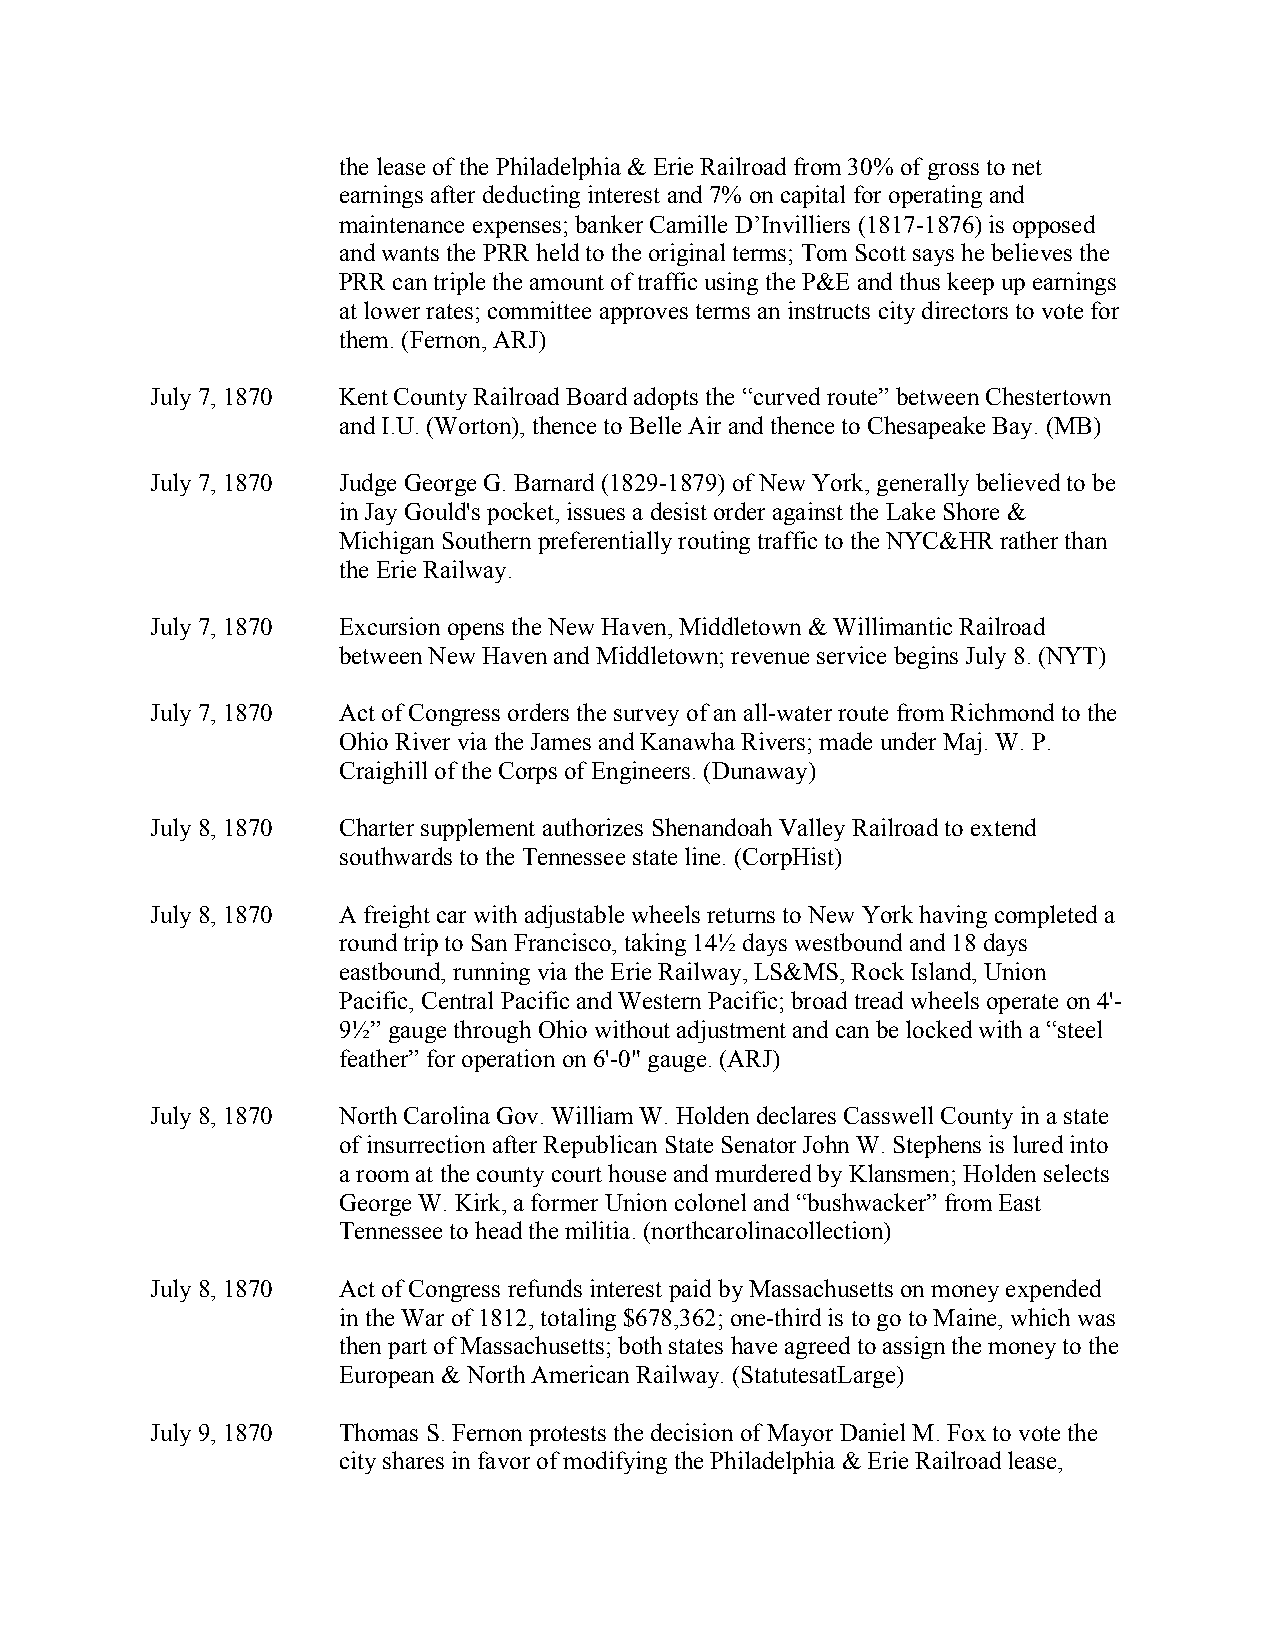
the lease of the Philadelphia & Erie Railroad from 30% of gross to net
 earnings after deducting interest and 7% on capital for operating and
 maintenance expenses; banker Camille D’Invilliers (1817-1876) is opposed
 and wants the PRR held to the original terms; Tom Scott says he believes the
 PRR can triple the amount of traffic using the P&E and thus keep up earnings
 at lower rates; committee approves terms an instructs city directors to vote for
 them. (Fernon, ARJ)
 July 7, 1870 Kent County Railroad Board adopts the “curved route” between Chestertown
 and I.U. (Worton), thence to Belle Air and thence to Chesapeake Bay. (MB)
 July 7, 1870 Judge George G. Barnard (1829-1879) of New York, generally believed to be
 in Jay Gould's pocket, issues a desist order against the Lake Shore &
 Michigan Southern preferentially routing traffic to the NYC&HR rather than
 the Erie Railway.
 July 7, 1870 Excursion opens the New Haven, Middletown & Willimantic Railroad
 between New Haven and Middletown; revenue service begins July 8. (NYT)
 July 7, 1870 Act of Congress orders the survey of an all-water route from Richmond to the
 Ohio River via the James and Kanawha Rivers; made under Maj. W. P.
 Craighill of the Corps of Engineers. (Dunaway)
 July 8, 1870 Charter supplement authorizes Shenandoah Valley Railroad to extend
 southwards to the Tennessee state line. (CorpHist)
 July 8, 1870 A freight car with adjustable wheels returns to New York having completed a
 round trip to San Francisco, taking 14½ days westbound and 18 days
 eastbound, running via the Erie Railway, LS&MS, Rock Island, Union
 Pacific, Central Pacific and Western Pacific; broad tread wheels operate on 4'-
 9½” gauge through Ohio without adjustment and can be locked with a “steel
 feather” for operation on 6'-0" gauge. (ARJ)
 July 8, 1870 North Carolina Gov. William W. Holden declares Casswell County in a state
 of insurrection after Republican State Senator John W. Stephens is lured into
 a room at the county court house and murdered by Klansmen; Holden selects
 George W. Kirk, a former Union colonel and “bushwacker” from East
 Tennessee to head the militia. (northcarolinacollection)
 July 8, 1870 Act of Congress refunds interest paid by Massachusetts on money expended
 in the War of 1812, totaling $678,362; one-third is to go to Maine, which was
 then part of Massachusetts; both states have agreed to assign the money to the
 European & North American Railway. (StatutesatLarge)
 July 9, 1870 Thomas S. Fernon protests the decision of Mayor Daniel M. Fox to vote the
 city shares in favor of modifying the Philadelphia & Erie Railroad lease,